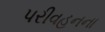
પરીવહનના